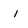
Character: i